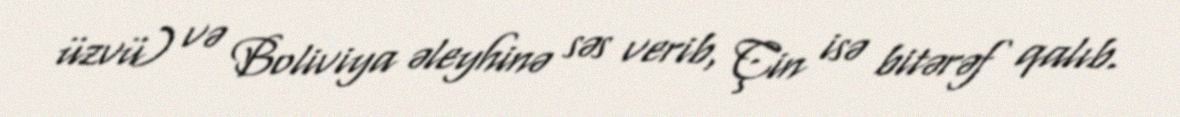
üzvü) və Boliviya əleyhinə səs verib, Çin isə bitərəf qalıb.